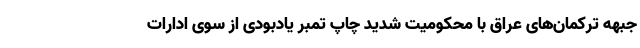
جبهه ترکمان‌های عراق با محکومیت شدید چاپ تمبر یادبودی از سوی ادارات